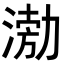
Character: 𭱢